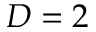
D = 2